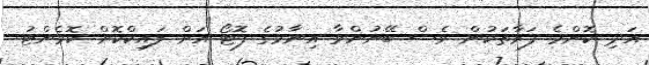
އަދި ކޮންމެ ފަރާތަކުން ވެސް ބޭނުންވާ އިނާމުގެ ފޮޓޯ އަށް ލައިކްކޮށް ކޮމެންޓު